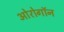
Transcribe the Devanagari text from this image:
ओरोगॉन